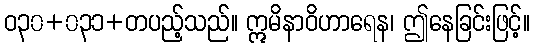
ဝ၃၀+၀၃၁+တပည့်သည်။ ဣမိနာဝိဟာရေန၊ ဤနေခြင်းဖြင့်။